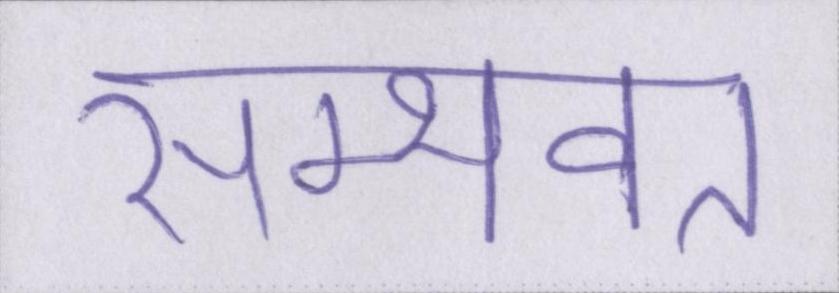
सम्भवत